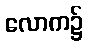
လောက၌